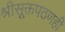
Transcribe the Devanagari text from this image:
श्रीसूक्तपठणही